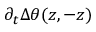
\partial _ { t } \Delta \theta ( z , - z )